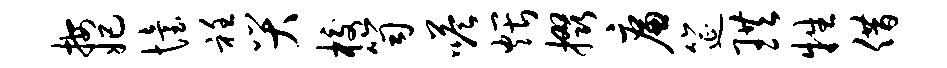
按妃怡衽哭校笥嗒煨掇廉筵珙牲借